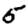
Digit: 5